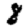
Digit: 8